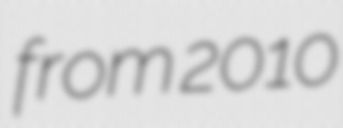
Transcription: from 2010